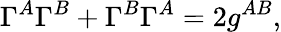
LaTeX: \Gamma^{A}\Gamma^{B}+\Gamma^{B}\Gamma^{A}=2g^{AB},